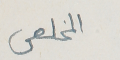
المخلص